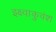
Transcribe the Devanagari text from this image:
इक्ष्वाकुवंश